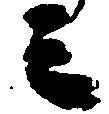
之